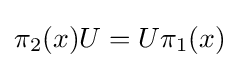
\pi _{2}(x)U=U\pi _{1}(x)